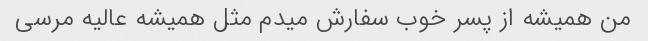
من همیشه از پسر خوب سفارش میدم مثل همیشه عالیه مرسی